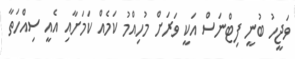
ވަޖީހު ބުނީ ފިޓްނަސް އަކީ ވަރަށް މުހިއްމު ކަމެއް ކަމަށާއި އެއީ ސިއްހަތާ